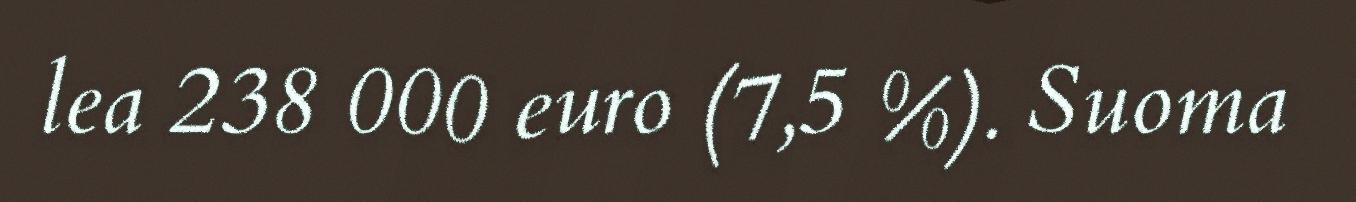
lea 238 000 euro (7,5 %). Suoma